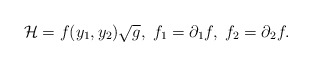
\begin{align*}{\cal H}= f(y_1,y_2)\sqrt{g}, \; f_1 = \partial_1 f, \;f_2 = \partial_2 f.\end{align*}